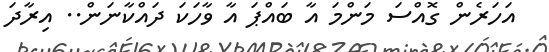
އަހަރެން ގޮއްސަ މަންމަ އާ ބައްޕަ އާ ވާހަކަ ދައްކާނަން.. އިރާދަ